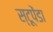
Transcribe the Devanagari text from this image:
स्टूपेंडा